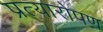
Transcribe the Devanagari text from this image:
प्रत्‍यारोपण